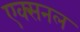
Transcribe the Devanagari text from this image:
एक्सनल